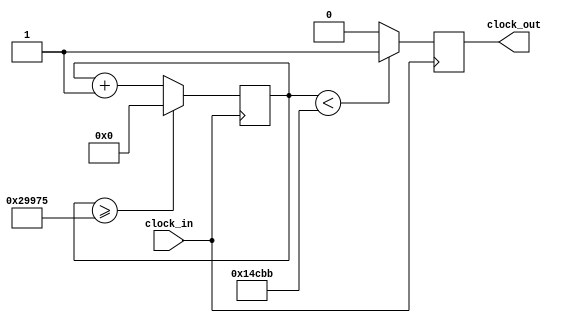
`timescale 1ns / 1ps
//////////////////////////////////////////////////////////////////////////////////
// Company: 
// Engineer: 
// 
// Design Name: 
// Module Name:    re2 
// Project Name: 
// Target Devices: 
// Tool versions: 
// Description: 
//
// Dependencies: 
//
// Revision: 
// Revision 0.01 - File Created
// Additional Comments: 
//
//////////////////////////////////////////////////////////////////////////////////
module re2(input clock_in, output reg clock_out);

reg [27:0]  counter = 28'd0;
parameter DIVISOR = 28'd170358;
always @(posedge clock_in)
begin
counter <= counter + 28'd1;
if (counter >=(DIVISOR-1))
counter <= 28'd0;
clock_out <= (counter<DIVISOR/2)?1'b1:1'b0;

end

endmodule